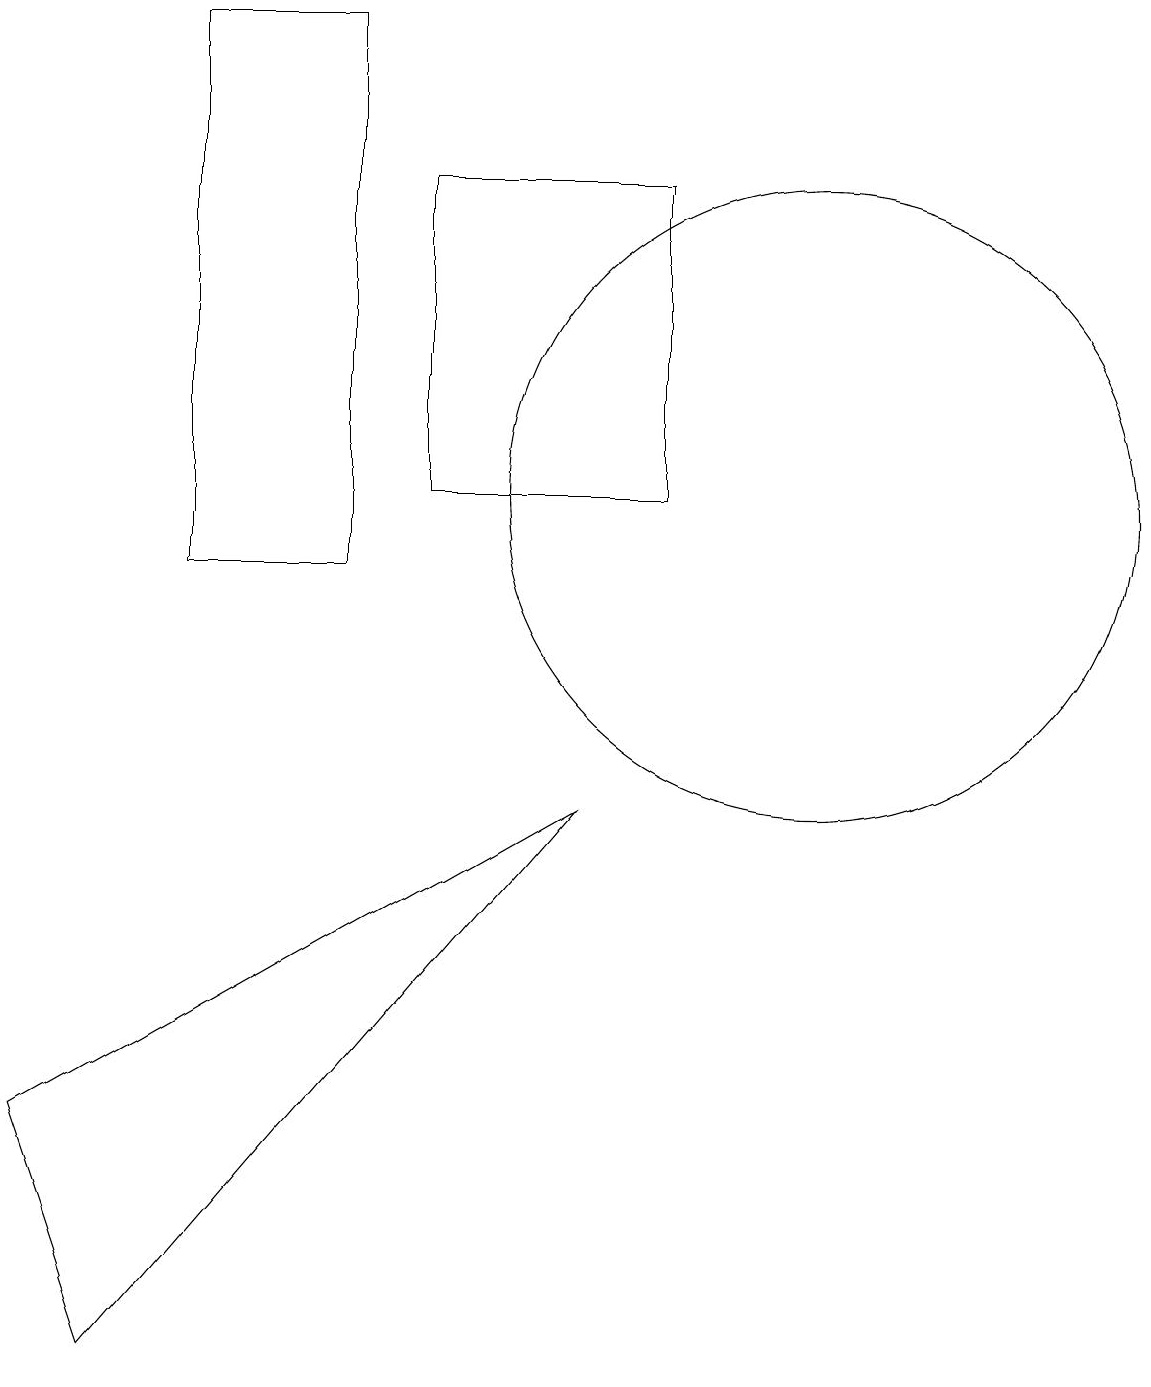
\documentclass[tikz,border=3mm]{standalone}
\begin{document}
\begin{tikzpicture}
\draw (4,11) rectangle (2,18);
\draw (10,12) circle (4);
\draw (1,1) -- (7,8) -- (0,4) -- cycle;
\draw (5,12) rectangle (8,16);
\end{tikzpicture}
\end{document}